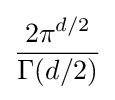
{\frac {2\pi ^{d/2}}{\Gamma (d/2)}}